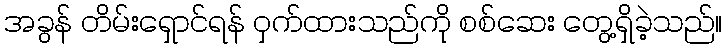
အခွန် တိမ်းရှောင်ရန် ဝှက်ထားသည်ကို စစ်ဆေး တွေ့ရှိခဲ့သည်။